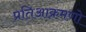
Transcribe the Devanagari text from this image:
प्रतिआक्रमणो